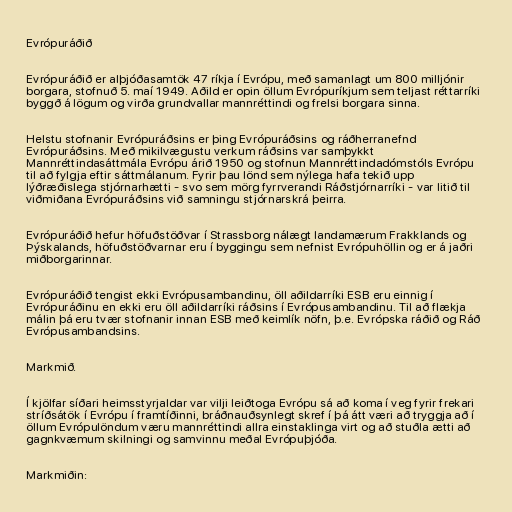
Evrópuráðið

Evrópuráðið er alþjóðasamtök 47 ríkja í Evrópu, með samanlagt um 800 milljónir
borgara, stofnuð 5. maí 1949. Aðild er opin öllum Evrópuríkjum sem teljast réttarríki
byggð á lögum og virða grundvallar mannréttindi og frelsi borgara sinna.

Helstu stofnanir Evrópuráðsins er þing Evrópuráðsins og ráðherranefnd
Evrópuráðsins. Með mikilvægustu verkum ráðsins var samþykkt
Mannréttindasáttmála Evrópu árið 1950 og stofnun Mannréttindadómstóls Evrópu
til að fylgja eftir sáttmálanum. Fyrir þau lönd sem nýlega hafa tekið upp
lýðræðislega stjórnarhætti - svo sem mörg fyrrverandi Ráðstjórnarríki - var litið til
viðmiðana Evrópuráðsins við samningu stjórnarskrá þeirra.

Evrópuráðið hefur höfuðstöðvar í Strassborg nálægt landamærum Frakklands og
Þýskalands, höfuðstöðvarnar eru í byggingu sem nefnist Evrópuhöllin og er á jaðri
miðborgarinnar.

Evrópuráðið tengist ekki Evrópusambandinu, öll aðildarríki ESB eru einnig í
Evrópuráðinu en ekki eru öll aðildarríki ráðsins í Evrópusambandinu. Til að flækja
málin þá eru tvær stofnanir innan ESB með keimlík nöfn, þ.e. Evrópska ráðið og Ráð
Evrópusambandsins.

Markmið.

Í kjölfar síðari heimsstyrjaldar var vilji leiðtoga Evrópu sá að koma í veg fyrir frekari
stríðsátök í Evrópu í framtíðinni, bráðnauðsynlegt skref í þá átt væri að tryggja að í
öllum Evrópulöndum væru mannréttindi allra einstaklinga virt og að stuðla ætti að
gagnkvæmum skilningi og samvinnu meðal Evrópuþjóða.

Markmiðin: